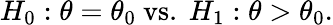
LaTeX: H_{0}:\theta=\theta_{0}{\mathrm{~vs.~}}H_{1}:\theta>\theta_{0}.